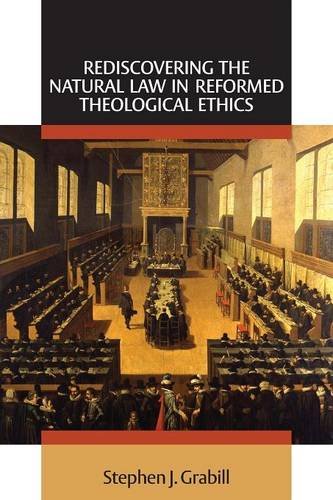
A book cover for Rediscovering the Natural Law in Reformed Theological Ethics (Emory University Studies in Law and Religion); Stephen J. Grabill; Law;